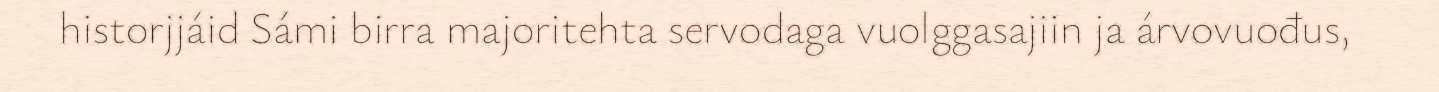
historjjáid Sámi birra majoritehta servodaga vuolggasajiin ja árvovuođus,